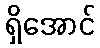
ရှိအောင်